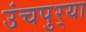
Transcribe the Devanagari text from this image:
उंचपुर्‍या